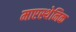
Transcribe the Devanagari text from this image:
माएस्थेनिक